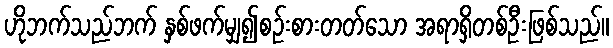
ဟိုဘက်သည်ဘက် နှစ်ဖက်မျှ၍စဉ်းစားတတ်သော အရာရှိတစ်ဦးဖြစ်သည်။